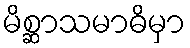
မိစ္ဆာသမာဓိမှာ